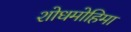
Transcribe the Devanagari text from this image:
शोधमोहिमा